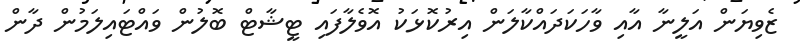
ޒެވިޔަން އަލީނާ އާއި ވާހަކަދައްކާލަން އިރުކޮޅަކު އޮވެލާފައި ޓީޝާޓް ބޮލުން ވައްޓައިލަމުން ދާން